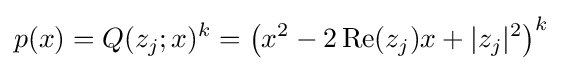
p(x)=Q(z_{j};x)^{k}=\left(x^{2}-2\operatorname {Re} (z_{j})x+|z_{j}|^{2}\right)^{k}